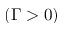
( \Gamma > 0 )